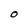
Character: O